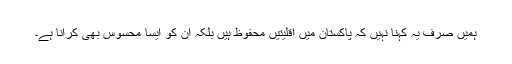
ہمیں صرف یہ کہنا نہیں کہ پاکستان میں اقلیتیں محفوظ ہیں بلکہ ان کو ایسا محسوس بھی کرانا ہے۔